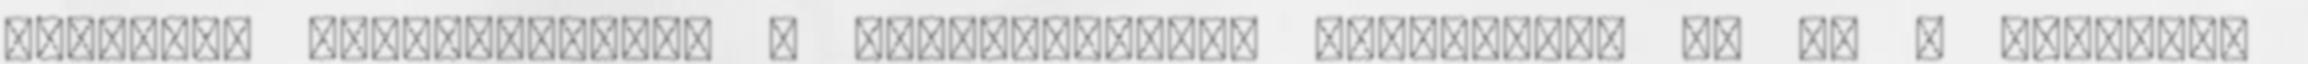
amelynek tulajdonságai a szacharinéval megegyező, de ez a vegyület